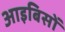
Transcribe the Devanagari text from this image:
आइबिसों